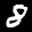
Label: 8